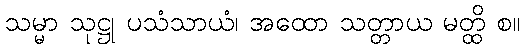
သမ္မာ သုဋ္ဌု ပသံသာယံ၊ အထော သတ္တာယ မတ္ထိ စ။